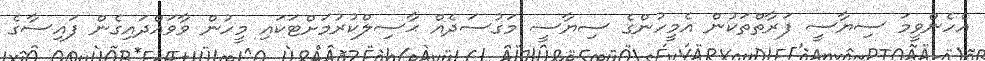
އެހެންވީމަ ސިޔާސީ ފަރާތްތަކުން އެމީހުންގެ ސިޔާސީ މަގުސަދެއް ޙާސިލްކުރުމަށްޓަކައި މީހުން ވާވައްދައިގެން ފައިސާގެ